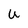
Character: U